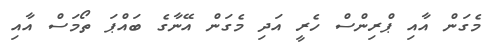
މެގަން އާއި ޕްރިންސް ހެރީ އަދި މެގަން އޭނާގެ ބައްޕަ ތޯމަސް އާއި